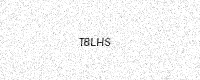
Text: T8LHS